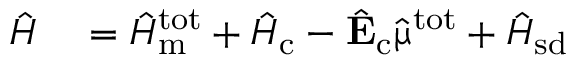
\begin{array} { r l } { \hat { H } } & { { } = \hat { H } _ { \mathrm { m } } ^ { \mathrm { t o t } } + \hat { H } _ { \mathrm { c } } - \hat { \mathrm { \mathbf { E } } } _ { \mathrm { c } } \hat { \mathbf { \upmu } } ^ { \mathrm { t o t } } + \hat { H } _ { \mathrm { s d } } } \end{array}